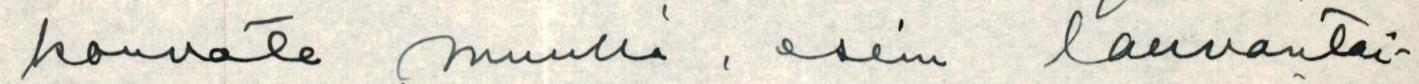
korvata muulla, esi lauvantai-